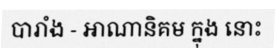
បារាំង - អាណានិគម ក្នុង នោះ